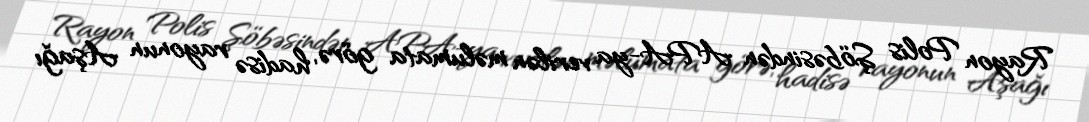
Rayon Polis Şöbəsindən APA-ya verilən məlumata görə, hadisə rayonun Aşağı